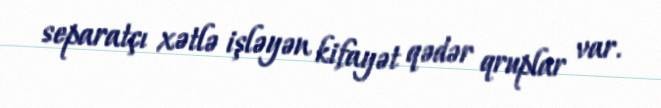
separatçı xətlə işləyən kifayət qədər qruplar var.